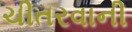
ચીતરવાની